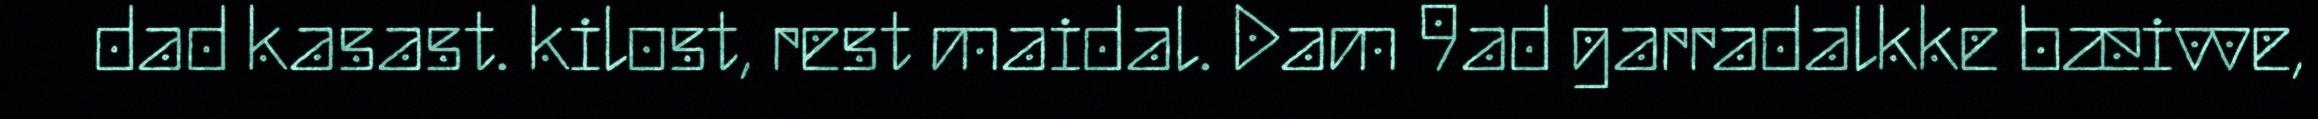
dad kasast. kilost, rest maidal. Dam 9ad garradalkke bæivve,